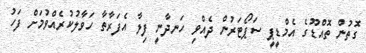
ގޮތުން ތޮއްޑޫގެ އެމްޑީޕީ ސަޕޯޓަރުން ދެއްވި ހަނދާނީ ފިލާ އެފަރާތާ ހަވާލުކުރެއްވުމަށް ފަހު